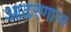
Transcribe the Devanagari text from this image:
आढरणार्‍य